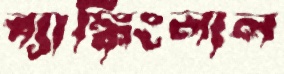
ব্যাঙ্কিংলাল